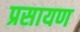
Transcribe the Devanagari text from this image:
प्रसायण